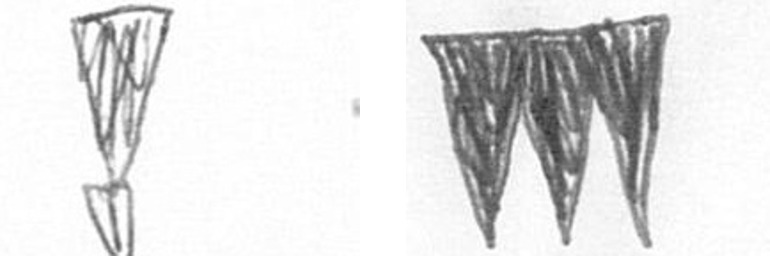
Z L